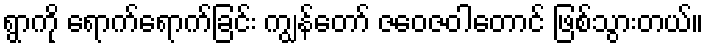
ရွာကို ရောက်ရောက်ခြင်း ကျွန်တော် ဇဝေဇဝါတောင် ဖြစ်သွားတယ်။